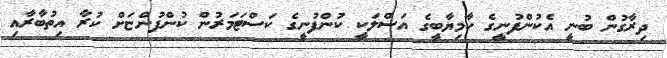
ދިރާގުން ބުނީ އެކުންފުނީގެ ކާމިޔާބީގެ އަސްލަކީ ކުންފުނީގެ ކަސްޓަމަރުން ކުންފުންޏަށް ކުރާ އިތުބާރާއި